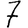
Digit: 7